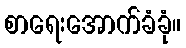
စာရေးအောက်ခံခုံ။